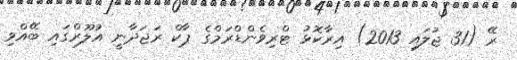
ރޭ (31 ޖުލައި 2013) އިރާކޮޅު ޓްރިވެންޑްރަމްގެ ޕާކް ރަޖަދާނީ އުލޫރްގައި ބޭއްވި